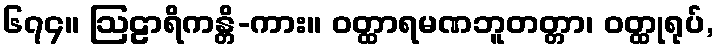
၆၇၄။ ဩဠာရိကန္တိ-ကား။ ဝတ္ထာရမဏဘူတတ္တာ၊ ဝတ္ထုရုပ်,